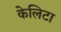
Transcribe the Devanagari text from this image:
केलिटा